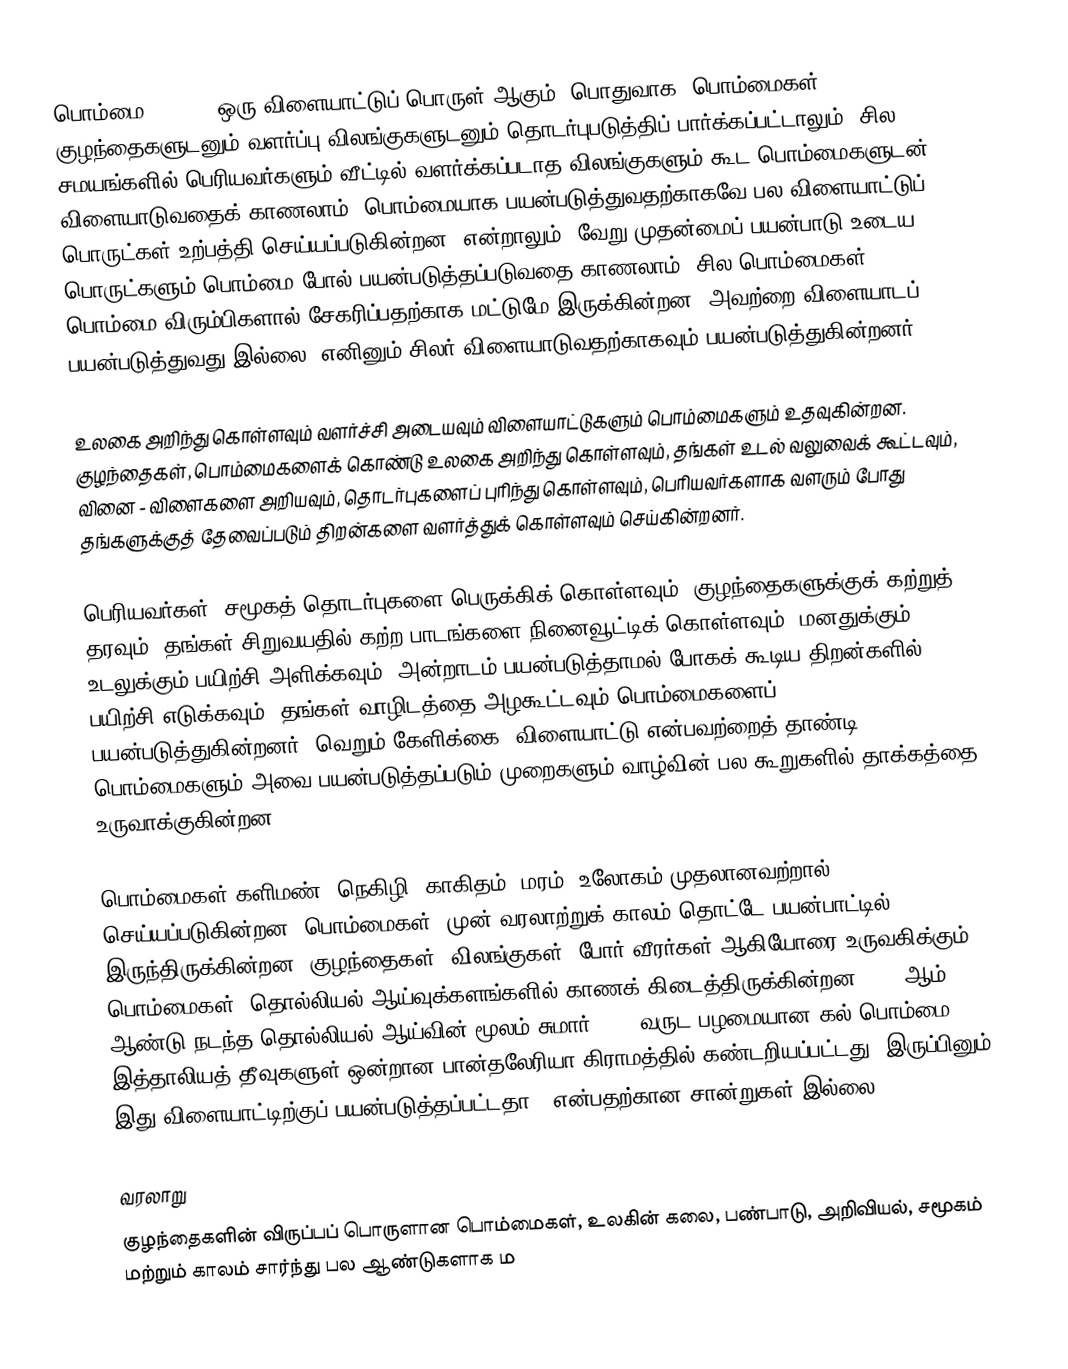
பொம்மை (doll), ஒரு விளையாட்டுப் பொருள் ஆகும். பொதுவாக, பொம்மைகள் குழந்தைகளுடனும் வளர்ப்பு விலங்குகளுடனும் தொடர்புபடுத்திப் பார்க்கப்பட்டாலும், சில சமயங்களில் பெரியவர்களும் வீட்டில் வளர்க்கப்படாத விலங்குகளும் கூட பொம்மைகளுடன் விளையாடுவதைக் காணலாம். பொம்மையாக பயன்படுத்துவதற்காகவே பல விளையாட்டுப் பொருட்கள் உற்பத்தி செய்யப்படுகின்றன. என்றாலும், வேறு முதன்மைப் பயன்பாடு உடைய பொருட்களும் பொம்மை போல் பயன்படுத்தப்படுவதை காணலாம். சில பொம்மைகள், பொம்மை விரும்பிகளால் சேகரிப்பதற்காக மட்டுமே இருக்கின்றன. அவற்றை விளையாடப் பயன்படுத்துவது இல்லை. எனினும் சிலர் விளையாடுவதற்காகவும்  பயன்படுத்துகின்றனர்.

உலகை அறிந்து கொள்ளவும் வளர்ச்சி அடையவும் விளையாட்டுகளும் பொம்மைகளும் உதவுகின்றன. குழந்தைகள், பொம்மைகளைக் கொண்டு உலகை அறிந்து கொள்ளவும், தங்கள் உடல் வலுவைக் கூட்டவும், வினை - விளைகளை அறியவும், தொடர்புகளைப் புரிந்து கொள்ளவும், பெரியவர்களாக வளரும் போது தங்களுக்குத் தேவைப்படும் திறன்களை வளர்த்துக் கொள்ளவும் செய்கின்றனர்.

பெரியவர்கள், சமூகத் தொடர்புகளை பெருக்கிக் கொள்ளவும், குழந்தைகளுக்குக் கற்றுத் தரவும், தங்கள் சிறுவயதில் கற்ற பாடங்களை நினைவூட்டிக் கொள்ளவும், மனதுக்கும் உடலுக்கும் பயிற்சி அளிக்கவும், அன்றாடம் பயன்படுத்தாமல் போகக் கூடிய திறன்களில் பயிற்சி எடுக்கவும், தங்கள் வாழிடத்தை அழகூட்டவும் பொம்மைகளைப் பயன்படுத்துகின்றனர். வெறும் கேளிக்கை, விளையாட்டு என்பவற்றைத் தாண்டி, பொம்மைகளும் அவை பயன்படுத்தப்படும் முறைகளும் வாழ்வின் பல கூறுகளில் தாக்கத்தை உருவாக்குகின்றன.

பொம்மைகள் களிமண், நெகிழி, காகிதம், மரம், உலோகம் முதலானவற்றால் செய்யப்படுகின்றன. பொம்மைகள், முன் வரலாற்றுக் காலம் தொட்டே பயன்பாட்டில் இருந்திருக்கின்றன. குழந்தைகள், விலங்குகள், போர் வீரர்கள் ஆகியோரை உருவகிக்கும் பொம்மைகள், தொல்லியல் ஆய்வுக்களங்களில் காணக் கிடைத்திருக்கின்றன. 2004ஆம் ஆண்டு நடந்த தொல்லியல் ஆய்வின் மூலம் சுமார் 4000 வருட பழமையான  கல் பொம்மை இத்தாலியத் தீவுகளுள் ஒன்றான பான்தலேரியா கிராமத்தில் கண்டறியப்பட்டது. இருப்பினும் இது விளையாட்டிற்குப் பயன்படுத்தப்பட்டதா?, என்பதற்கான சான்றுகள் இல்லை.

வரலாறு
குழந்தைகளின் விருப்பப் பொருளான பொம்மைகள், உலகின் கலை, பண்பாடு, அறிவியல், சமூகம் மற்றும் காலம் சார்ந்து பல ஆண்டுகளாக ம